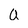
Character: a